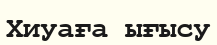
Хиуаға ығысу